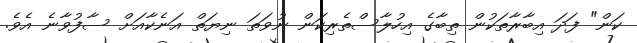
ކަން" ފަދަ އިބާރާތަކުން ތިބާގެ އިހުލާސްތެރިކަން ނުވަތަ ނިޔަތް އަނެކާއަށް ސާފުވާނެ އެވެ.